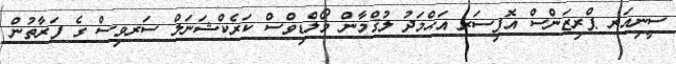
ސީނިއަރ ޕްރިޒަންސް އޮފިސަރ އަޙްމަދު ލުޤްމާން މޯލްޑިވްސް ކަރެކްޝަނަލް ސަރވިސް ގެ ފަރާތުން